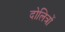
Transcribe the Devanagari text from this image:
दोलित्रों